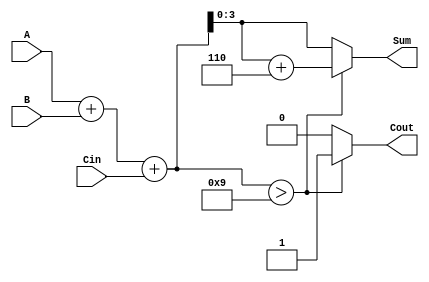
module BCD_Conditional_Adder (
    input  [3:0] A,      // 4-bit BCD input A
    input  [3:0] B,      // 4-bit BCD input B
    input        Cin,     // Carry input
    output reg [3:0] Sum, // 4-bit BCD sum output
    output reg Cout       // Carry output
);

    wire [4:0] Sum_temp; // 5-bit to hold the temporary sum (A + B + Cin)

    // Initial sum calculation
    assign Sum_temp = A + B + Cin;

    always @(*) begin
        // Check if the sum exceeds the maximum BCD value (9)
        if (Sum_temp > 5'd9) begin
            Sum = Sum_temp + 5'd6; // Apply BCD correction by adding 6
            Cout = 1'b1;           // Set carry out
        end else begin
            Sum = Sum_temp[3:0];   // No correction needed
            Cout = 1'b0;           // No carry out
        end
    end

endmodule